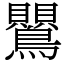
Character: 鸎